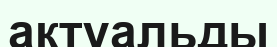
актуальды